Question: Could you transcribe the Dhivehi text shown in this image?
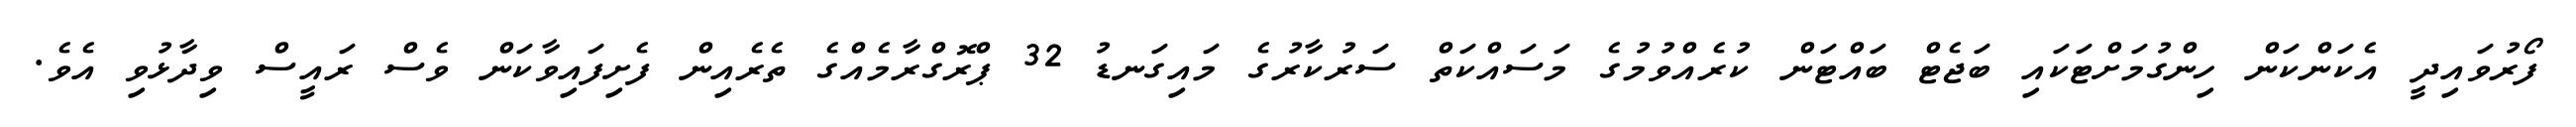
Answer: ފޯރުވައިދީ އެކަންކަން ހިންގުމަށްޓަކައި ބަޖެޓް ބައްޓަން ކުރެއްވުމުގެ މަސައްކަތް ސަރުކާރުގެ މައިގަނޑު 32 ޕްރޮގްރާމެއްގެ ތެރެއިން ފެށިފައިވާކަން ވެސް ރައީސް ވިދާޅުވި އެވެ.